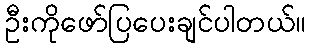
ဦးကိုဖော်ပြပေးချင်ပါတယ်။